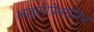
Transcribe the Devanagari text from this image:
आइसोप्रेनालिन